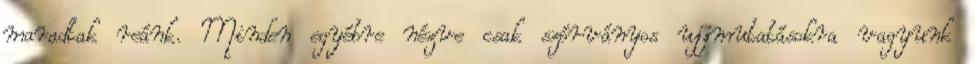
maradtak reánk. Minden egyébre nézve csak szórványos ujjmutatásokra vagyunk